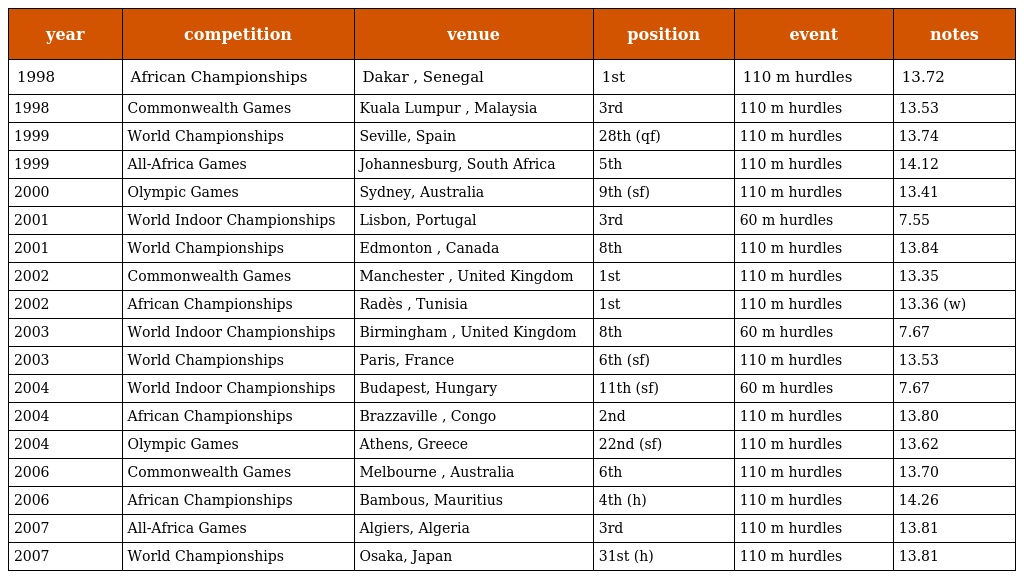
| year | competition | venue | position | event | notes |
 | --- | --- | --- | --- | --- | --- |
 | 1998 | African Championships | Dakar , Senegal | 1st | 110 m hurdles | 13.72 |
 | 1998 | Commonwealth Games | Kuala Lumpur , Malaysia | 3rd | 110 m hurdles | 13.53 |
 | 1999 | World Championships | Seville, Spain | 28th (qf) | 110 m hurdles | 13.74 |
 | 1999 | All-Africa Games | Johannesburg, South Africa | 5th | 110 m hurdles | 14.12 |
 | 2000 | Olympic Games | Sydney, Australia | 9th (sf) | 110 m hurdles | 13.41 |
 | 2001 | World Indoor Championships | Lisbon, Portugal | 3rd | 60 m hurdles | 7.55 |
 | 2001 | World Championships | Edmonton , Canada | 8th | 110 m hurdles | 13.84 |
 | 2002 | Commonwealth Games | Manchester , United Kingdom | 1st | 110 m hurdles | 13.35 |
 | 2002 | African Championships | Radès , Tunisia | 1st | 110 m hurdles | 13.36 (w) |
 | 2003 | World Indoor Championships | Birmingham , United Kingdom | 8th | 60 m hurdles | 7.67 |
 | 2003 | World Championships | Paris, France | 6th (sf) | 110 m hurdles | 13.53 |
 | 2004 | World Indoor Championships | Budapest, Hungary | 11th (sf) | 60 m hurdles | 7.67 |
 | 2004 | African Championships | Brazzaville , Congo | 2nd | 110 m hurdles | 13.80 |
 | 2004 | Olympic Games | Athens, Greece | 22nd (sf) | 110 m hurdles | 13.62 |
 | 2006 | Commonwealth Games | Melbourne , Australia | 6th | 110 m hurdles | 13.70 |
 | 2006 | African Championships | Bambous, Mauritius | 4th (h) | 110 m hurdles | 14.26 |
 | 2007 | All-Africa Games | Algiers, Algeria | 3rd | 110 m hurdles | 13.81 |
 | 2007 | World Championships | Osaka, Japan | 31st (h) | 110 m hurdles | 13.81 |